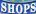
SHOPS